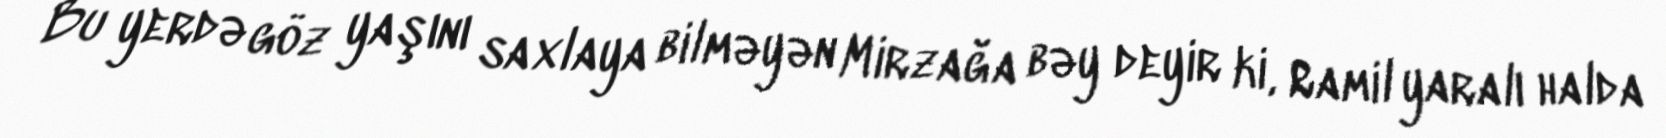
Bu yerdə göz yaşını saxlaya bilməyən Mirzağa bəy deyir ki, Ramil yaralı halda